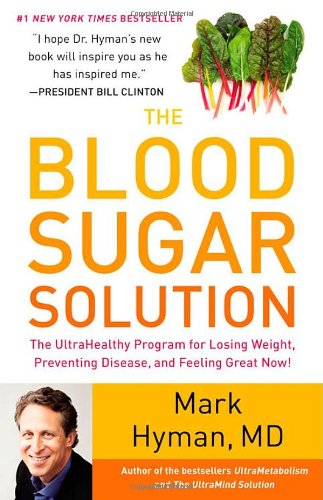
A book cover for The Blood Sugar Solution: The UltraHealthy Program for Losing Weight, Preventing Disease, and Feeling Great Now!; Mark Hyman; Cookbooks, Food & Wine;